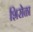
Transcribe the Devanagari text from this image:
शिरोळा